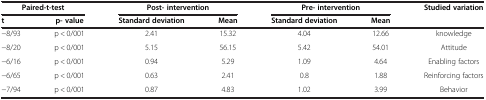
<table><thead><tr><td colspan="2"><b>Paired-t-test</b></td><td colspan="2"><b>Post- intervention</b></td><td colspan="2"><b>Pre- intervention</b></td><td><b>Studied variation</b></td></tr><tr><td><b>t</b></td><td><b>p- value</b></td><td><b>Standard deviation</b></td><td><b>Mean</b></td><td><b>Standard deviation</b></td><td><b>Mean</b></td><td><b> </b></td></tr></thead><tbody><tr><td>−8/93</td><td>p &lt; 0/001</td><td>2.41</td><td>15.32</td><td>4.04</td><td>12.66</td><td>knowledge</td></tr><tr><td>−8/20</td><td>p &lt; 0/001</td><td>5.15</td><td>56.15</td><td>5.42</td><td>54.01</td><td>Attitude</td></tr><tr><td>−6/16</td><td>p &lt; 0/001</td><td>0.94</td><td>5.29</td><td>1.09</td><td>4.64</td><td>Enabling factors</td></tr><tr><td>−6/65</td><td>p &lt; 0/001</td><td>0.63</td><td>2.41</td><td>0.8</td><td>1.88</td><td>Reinforcing factors</td></tr><tr><td>−7/94</td><td>p &lt; 0/001</td><td>0.87</td><td>4.83</td><td>1.02</td><td>3.99</td><td>Behavior</td></tr></tbody></table>